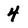
Character: 4